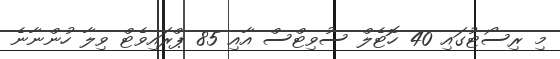
މި ރިސޯޓުގައި 40 ހޮޓެލް ސުވިޓްސް އާއި 85 ޕްރައިވެޓް ވިލާ ހުންނާނެ